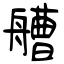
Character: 艚